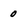
Character: 0